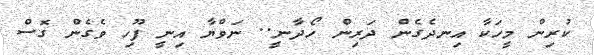
ކުރިން މީހަކާ އިނދެގެން ދަރިން ހޯދާނީ.. ނަވްޔާ އިނީ ފޫހި ވެގެން ގޮސް